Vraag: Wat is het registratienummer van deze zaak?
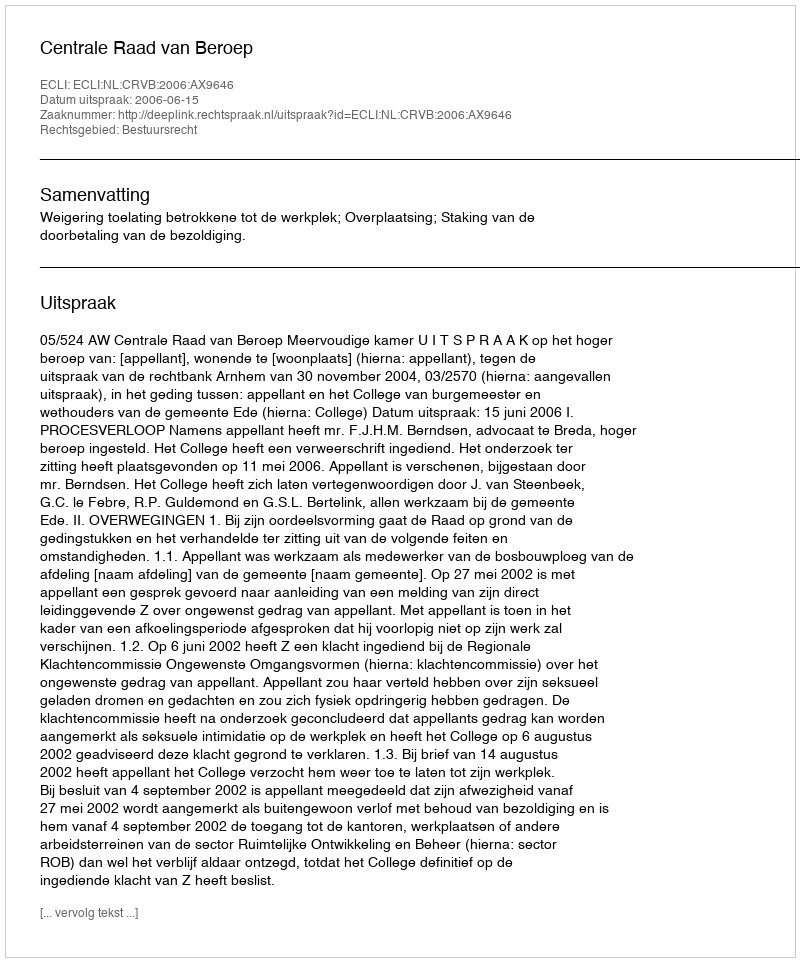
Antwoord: http://deeplink.rechtspraak.nl/uitspraak?id=ECLI:NL:CRVB:2006:AX9646